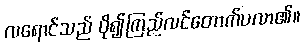
လရောင်သည် ပို၍ကြည်လင်တောက်ပလာ၏။